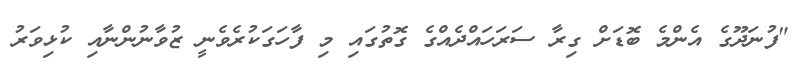
"ފުނަދޫގެ އެންމެ ބޮޑަށް ގިރާ ސަރަހައްދެއްގެ ގޮތުގައި މި ފާހަގަކުރެވެނީ ޒުވާނުންނާއި ކުޅިވަރު